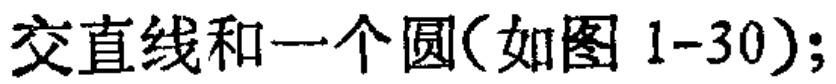
交直线和一个圆(如图 1-30);